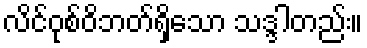
လိင်ဝုစ်ဝိဘတ်ရှိသော သဒ္ဒါတည်း။